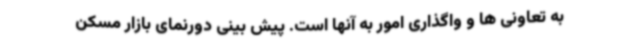
به تعاونی ها و واگذاری امور به آنها است. پیش بینی دورنمای بازار مسکن